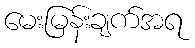
မေးမြန်းချက်အရ